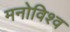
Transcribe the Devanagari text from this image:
मनोविश्व